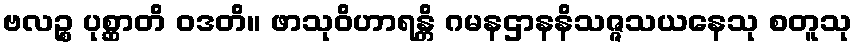
ဗလဉ္စ ပုစ္ဆာတိ ဝဒတိ။ ဖာသုဝိဟာရန္တိ ဂမနဌာနနိသဇ္ဇသယနေသု စတူသု